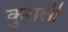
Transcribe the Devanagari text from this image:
कुसली